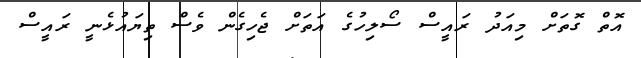
އޮތް ގޮތަށް މިއަދު ރައީސް ސޯލިހުގެ އަތަށް ޖެހިގެން ވެސް ތިޔައުޅެނީ ރައީސް